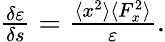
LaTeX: \begin{array}{r}{\frac{\delta\varepsilon}{\delta s}=\frac{\langle x^{2}\rangle\langle F_{x}^{2}\rangle}{\varepsilon}.}\end{array}